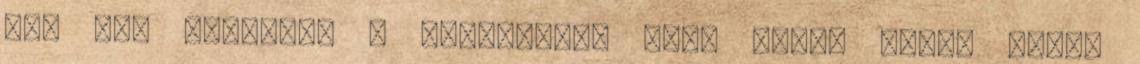
mák nem tartozik a kedvenceim közé ezért sajna nincs